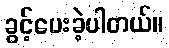
ခွင့်ပေးခဲ့ပါတယ်။